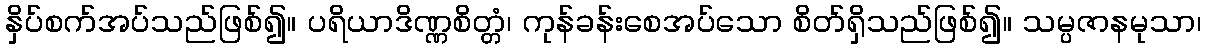
နှိပ်စက်အပ်သည်ဖြစ်၍။ ပရိယာဒိဏ္ဏစိတ္တံ၊ ကုန်ခန်းစေအပ်သော စိတ်ရှိသည်ဖြစ်၍။ သမ္ပဇာနမုသာ၊